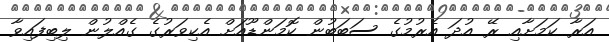
އަރާ ކަމަށާއި ރޭ އުދަ އެރުމުގެ ސަބަބުން ކޮމަންޑޫއަށް އެކިވަރުގެ ގެއްލުން ލިބިފައިވާ